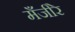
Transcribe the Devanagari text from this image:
मँजीरे